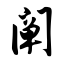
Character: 阐